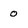
Character: 0